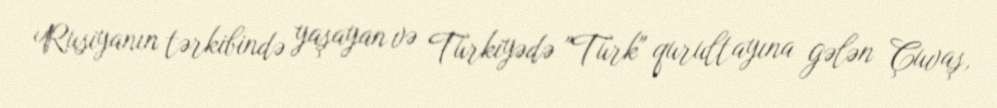
Rusiyanın tərkibində yaşayan və Türkiyədə "Türk" qurultayına gələn Çuvaş,